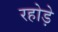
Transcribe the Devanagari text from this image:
रहोड़े